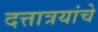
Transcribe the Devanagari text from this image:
दत्तात्रयांचे